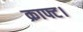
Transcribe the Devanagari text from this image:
क्राफ्ट।